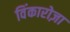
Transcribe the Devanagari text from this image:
विंकारोज़ा